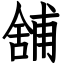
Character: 舖